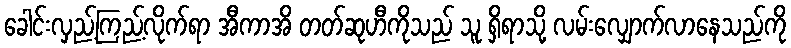
ခေါင်းလှည့်ကြည့်လိုက်ရာ အီကာအိ တတ်ဆုဟီကိုသည် သူ ရှိရာသို့ လမ်းလျှောက်လာနေသည်ကို